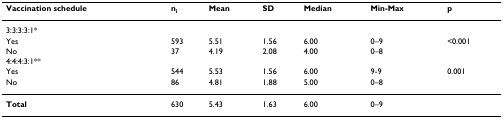
| Vaccination schedule | ni | Mean | SD | Median | Min-Max | p |
 | --- | --- | --- | --- | --- | --- | --- |
 | 3:3:3:3:1* |  |  |  |  |  |  |
 | Yes | 593 | 5.51 | 1.56 | 6.00 | 0–9 | <0.001 |
 | No | 37 | 4.19 | 2.08 | 4.00 | 0–8 |  |
 | 4:4:4:3:1** |  |  |  |  |  |  |
 | Yes | 544 | 5.53 | 1.56 | 6.00 | 9-9 | 0.001 |
 | No | 86 | 4.81 | 1.88 | 5.00 | 0–8 |  |
 | Total | 630 | 5.43 | 1.63 | 6.00 | 0–9 |  |